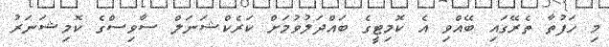
މި ހަފުތާ ތެރޭގައި ބޭއްވި އެ ކޮމިޓީގެ ބައްދަލުވުމަށް ކަރެކްޝަނަލް ސާވިސްގެ ކޮމިޝަނަރު